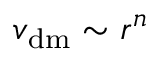
v _ { \mathrm { d m } } \sim r ^ { n }